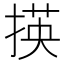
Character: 𢰶